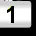
Digit: 1